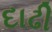
દાઢી